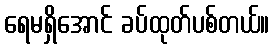
ရေမရှိအောင် ခပ်ထုတ်ပစ်တယ်။